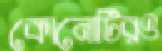
কোনোটিরও